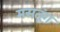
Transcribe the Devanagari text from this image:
मसतूंग